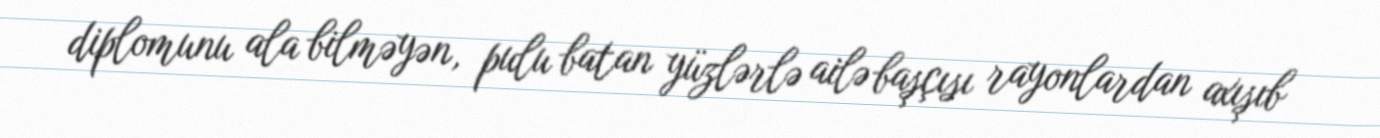
diplomunu ala bilməyən, pulu batan yüzlərlə ailə başçısı rayonlardan axışıb